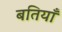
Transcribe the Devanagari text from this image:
बतियाँ